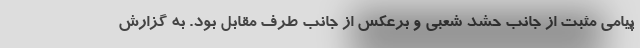
پیامی مثبت از جانب حشد شعبی و برعکس از جانب طرف مقابل بود. به گزارش